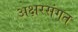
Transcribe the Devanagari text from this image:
अक्षरसंगत